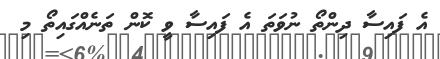
އެ ފައިސާ ދިންތޯ ނުވަތަ އެ ފައިސާ ވީ ކޮން ތަނެއްގައިތޯ މި